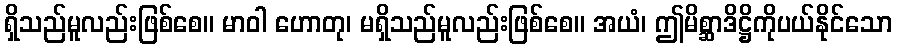
ရှိသည်မူလည်းဖြစ်စေ။ မာဝါ ဟောတု၊ မရှိသည်မူလည်းဖြစ်စေ။ အယံ၊ ဤမိစ္ဆာဒိဋ္ဌိကိုပယ်နိုင်သော